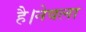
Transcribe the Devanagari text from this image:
है।नेवला